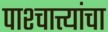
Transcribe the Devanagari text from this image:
पाश्चात्त्यांचा